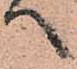
へ